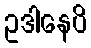
ဥဒါနေပိ